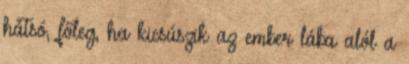
hátsó, főleg, ha kicsúszik az ember lába alól a